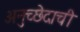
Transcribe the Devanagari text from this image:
अनुच्छेदाची